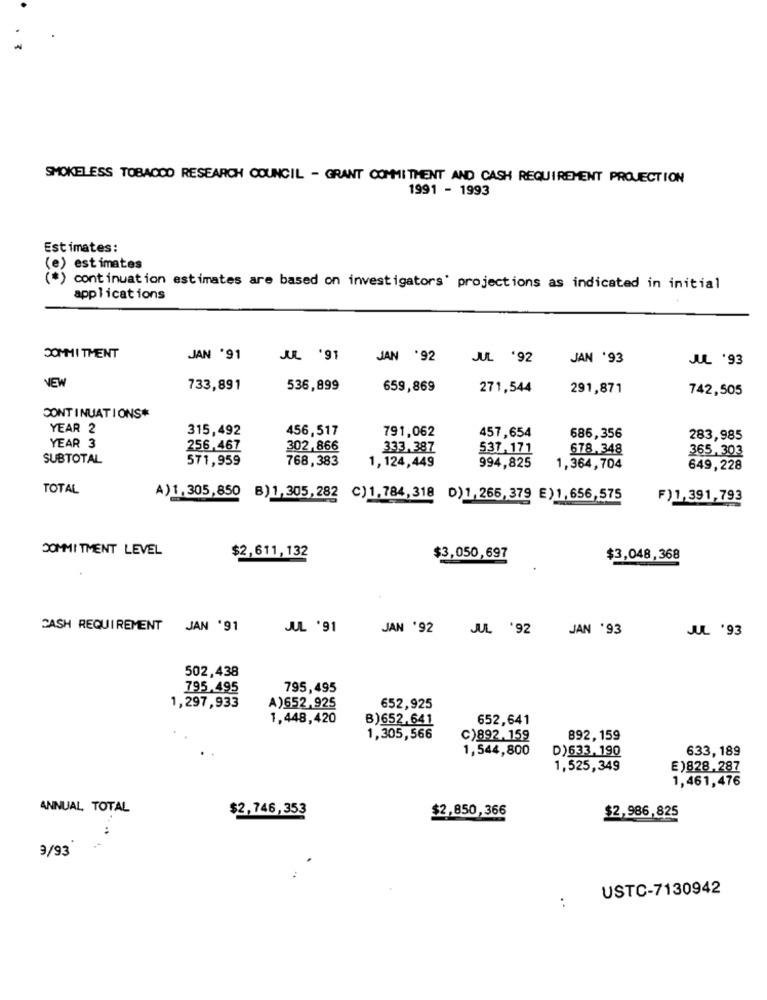
SMOKELESS TOBACCO RESEARCH COUNCIL - GRANT COMMITMENT AND CASH REQUIREMENT PROJECTION
1991 - 1993
Estimates:
(e) estimates
(*) continuation estimates are based on investigators' projections as indicated in initial
applications
COMMITMENT
JAN '91
JUL '91
JAN '92
JUL '92
JAN '93
JUL '93
NEW
733,891
536,899
659,869
271,544
291,871
742,505
CONTINUATIONS*
YEAR 2
315,492
456,517
791,062
457,654
686,356
283,985
YEAR 3
256,467
302,866
333.387
537,171
678.348
365,303
SUBTOTAL
571,959
768,383
1,124,449
994,825
1,364,704
649,228
TOTAL
A)1,305,850 B)1,305,282 C)1,784,318 D)1,266,379 E)1,656,575
F)1,391,793
COMMITMENT LEVEL
$2,611,132
$3,050,697
$3,048,368
CASH REQUIREMENT
JAN '91
JUL '91
JAN '92
JUL '92
JAN '93
JUL '93
502,438
795.495
795,495
1,297,933
A) 652,925
652,925
1,448,420
B)652,641
652,641
1,305,566
C)892.159
892, 159
1,544,800
D)633,190
633,189
1,525,349
E)828.287
1,461,476
ANNUAL TOTAL
$2,746,353
$2,850,366
$2,986,825
3/93
USTC-7130942
: